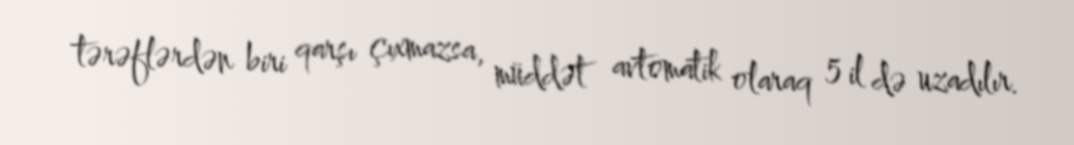
tərəflərdən biri qarşı çıxmazsa, müddət avtomatik olaraq 5 il də uzadılır.